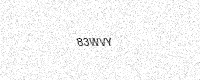
Text: 83WVY